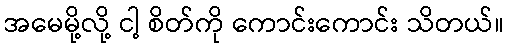
အမေမို့လို့ ငါ့ စိတ်ကို ကောင်းကောင်း သိတယ်။